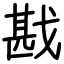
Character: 戡